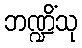
ဘဏ္ဍိံသု